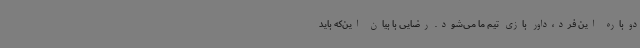
دوباره این فرد،داور بازی تیم ما می‌شود. رضایی با بیان این‌که باید